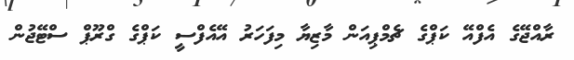
ރާއްޖޭގެ އެފްއޭ ކަޕްގެ ޗެމްޕިއަން މާޒިޔާ މިފަހަރު އޭއެފްސީ ކަޕްގެ ގްރޫޕް ސްޓޭޖުން